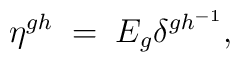
\eta^{gh} \; = \; E_g \delta^{gh^{-1}},